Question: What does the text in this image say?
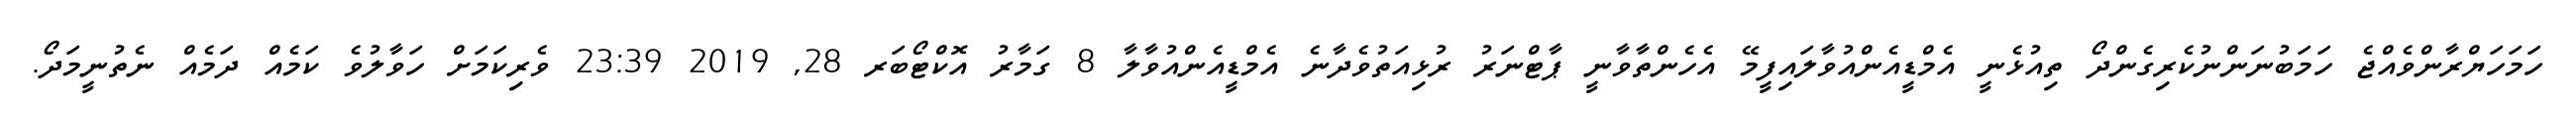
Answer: ހަމަހަޔްރާންވެއްޖެ ހަމަބުނަންނުކެރިގެންދޯ ތިއުޅެނީ އެމްޑީއެންއުވާލައިފީމޭ އެހެންތާވާނީ ޕާޓްނަރު ރުޅިއަތުވެދާނެ އެމްޑީއެންއުވާލާ 8 ގަމާރު އޮކްޓޯބަރ 28, 2019 23:39 ވެރިކަމަށް ހަވާލުވެ ކަމެއް ދަމެއް ނެތުނީމަދޯ.